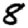
Digit: 8